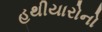
હથીયારોનો